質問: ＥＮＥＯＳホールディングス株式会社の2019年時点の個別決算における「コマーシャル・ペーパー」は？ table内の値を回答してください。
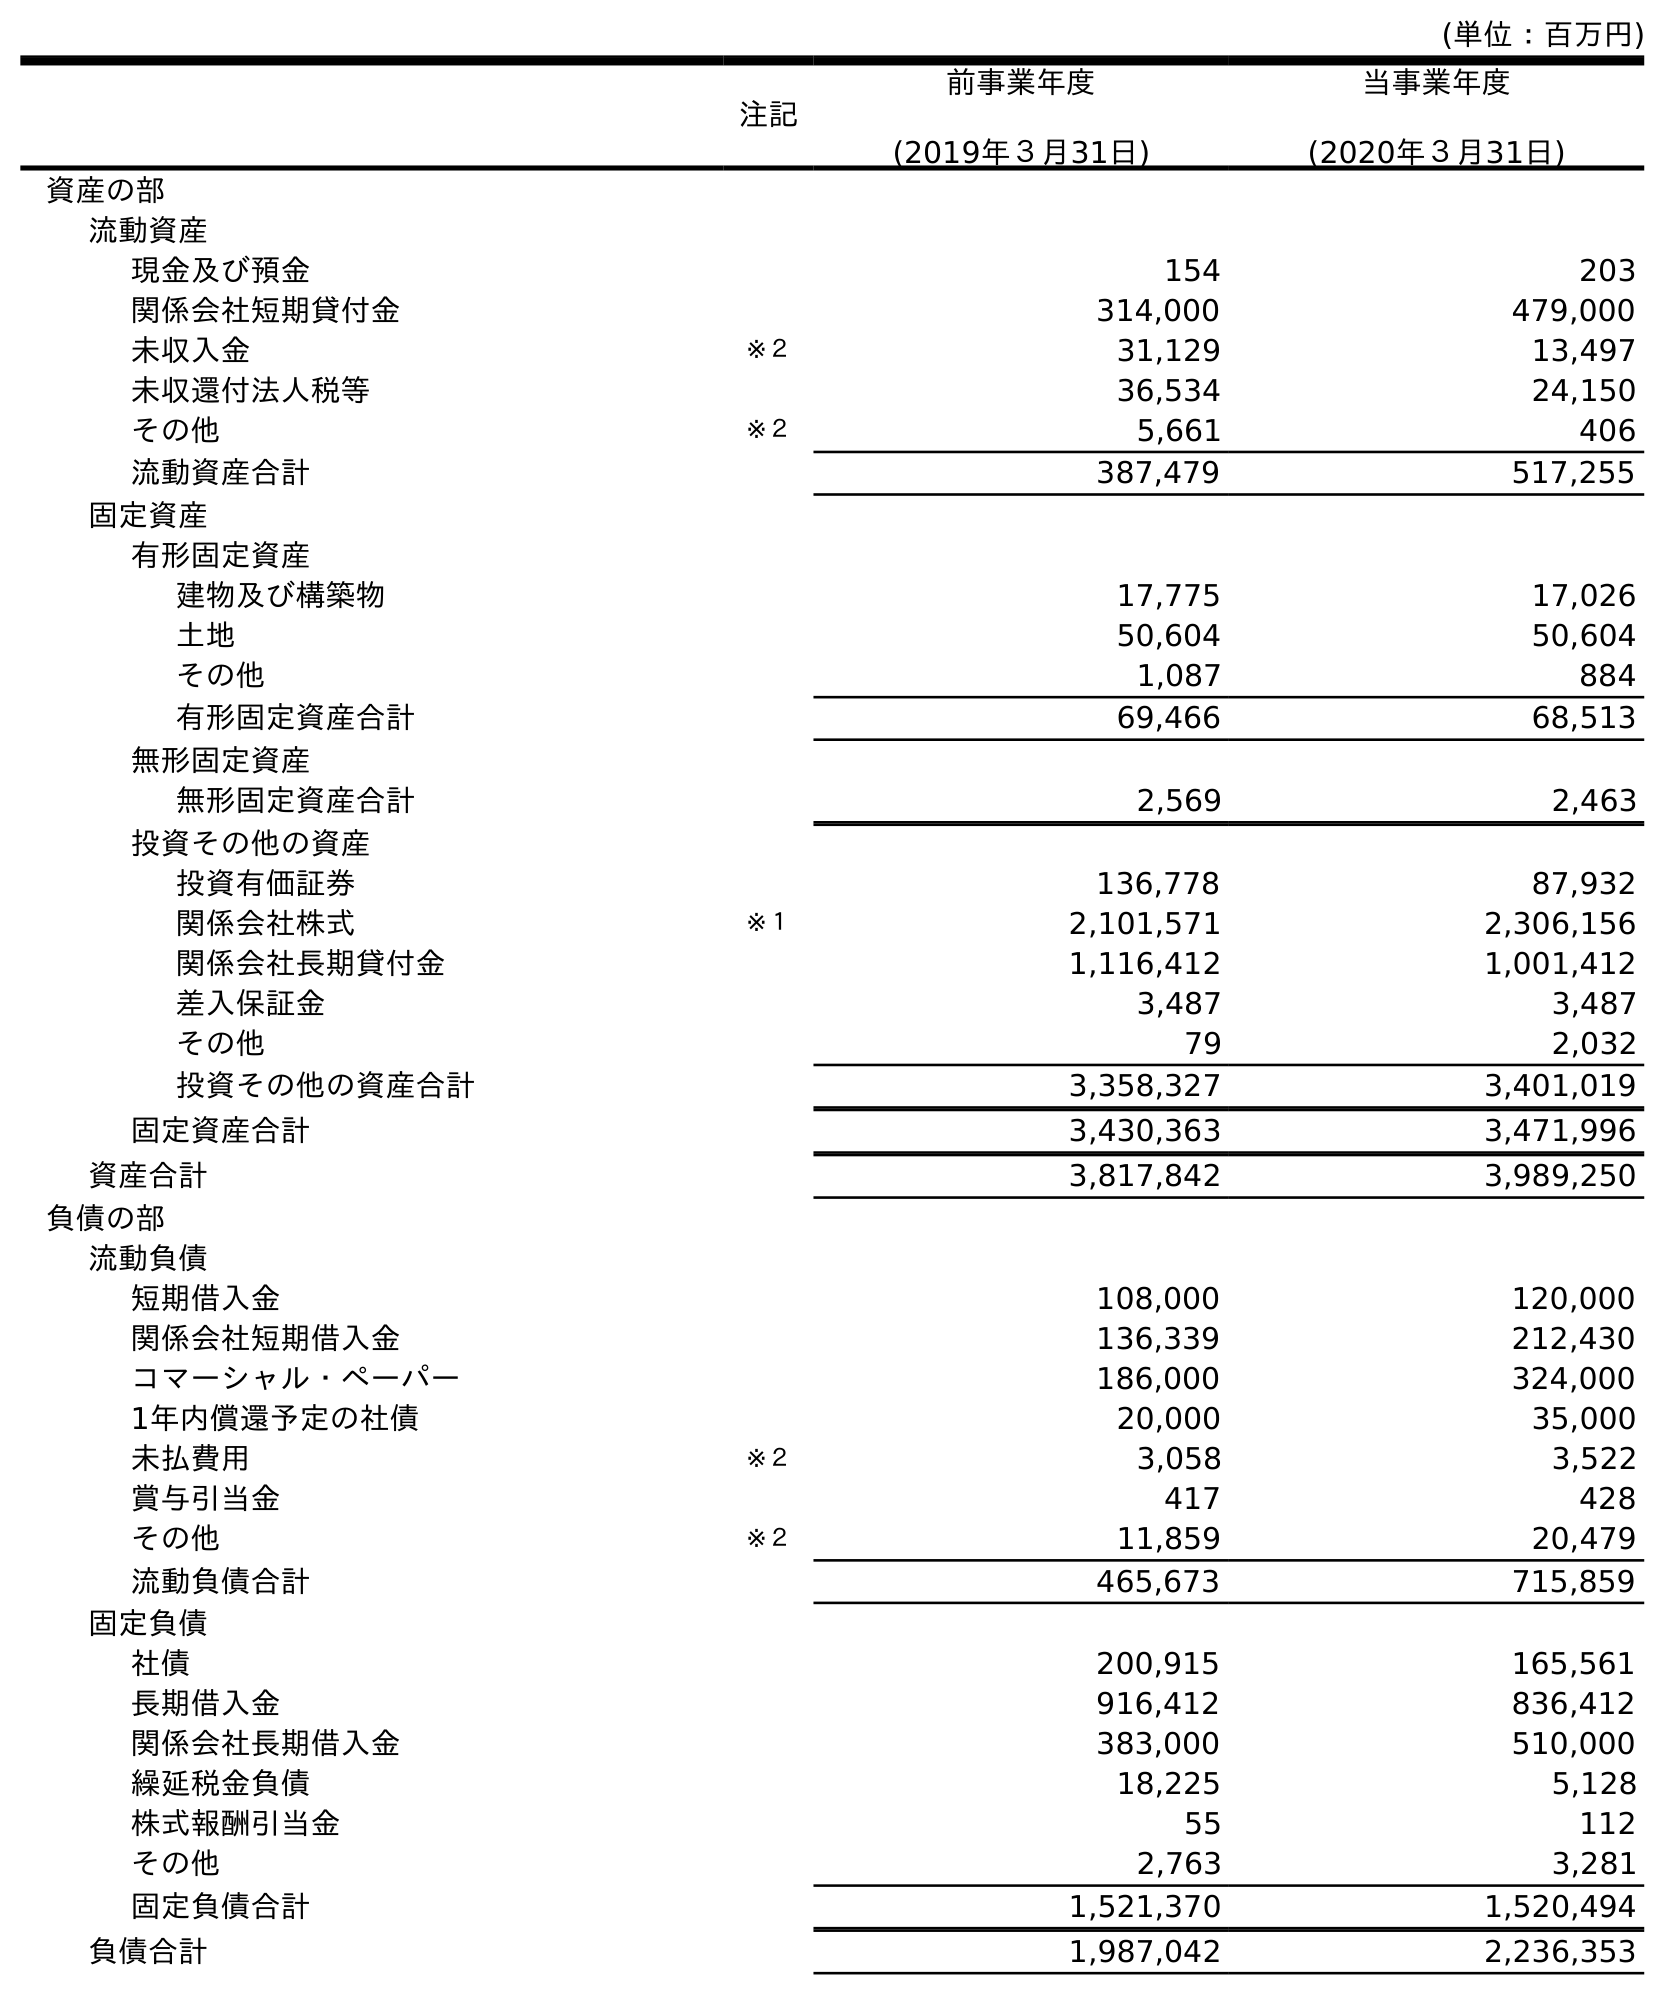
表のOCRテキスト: (単位：百万円) 注記 前事業年度 (2019年３月31日) 当事業年度 (2020年３月31日) 資産の部 流動資産 現金及び預金 154 203 関係会社短期貸付金 314,000 479,000 未収入金 ※２ 31,129 13,497 未収還付法人税等 36,534 24,150 その他 ※２ 5,661 406 流動資産合計 387,479 517,255 固定資産 有形固定資産 建物及び構築物 17,775 17,026 土地 50,604 50,604 その他 1,087 884 有形固定資産合計 69,466 68,513 無形固定資産 無形固定資産合計 2,569 2,463 投資その他の資産 投資有価証券 136,778 87,932 関係会社株式 ※１ 2,101,571 2,306,156 関係会社長期貸付金 1,116,412 1,001,412 差入保証金 3,487 3,487 その他 79 2,032 投資その他の資産合計 3,358,327 3,401,019 固定資産合計 3,430,363 3,471,996 資産合計 3,817,842 3,989,250 負債の部 流動負債 短期借入金 108,000 120,000 関係会社短期借入金 136,339 212,430 コマーシャル・ペーパー 186,000 324,000 1年内償還予定の社債 20,000 35,000 未払費用 ※２ 3,058 3,522 賞与引当金 417 428 その他 ※２ 11,859 20,479 流動負債合計 465,673 715,859 固定負債 社債 200,915 165,561 長期借入金 916,412 836,412 関係会社長期借入金 383,000 510,000 繰延税金負債 18,225 5,128 株式報酬引当金 55 112 その他 2,763 3,281 固定負債合計 1,521,370 1,520,494 負債合計 1,987,042 2,236,353
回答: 186,000